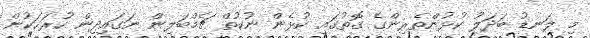
މި ލަނޑު ބަދަލު ކުޅުންތެރިންގެ ގޮތުގައި ކުޅެން ނުކުތް ޗެމްބަލިން ނަގައިދިން ހުރަހަކުން